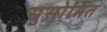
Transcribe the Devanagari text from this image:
सुसोभित